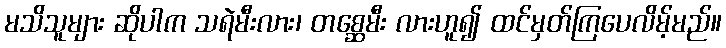
မသိသူများ ဆိုပါက သရဲမီးလား၊ တစ္ဆေမီး လားဟူ၍ ထင်မှတ်ကြပေလိမ့်မည်။